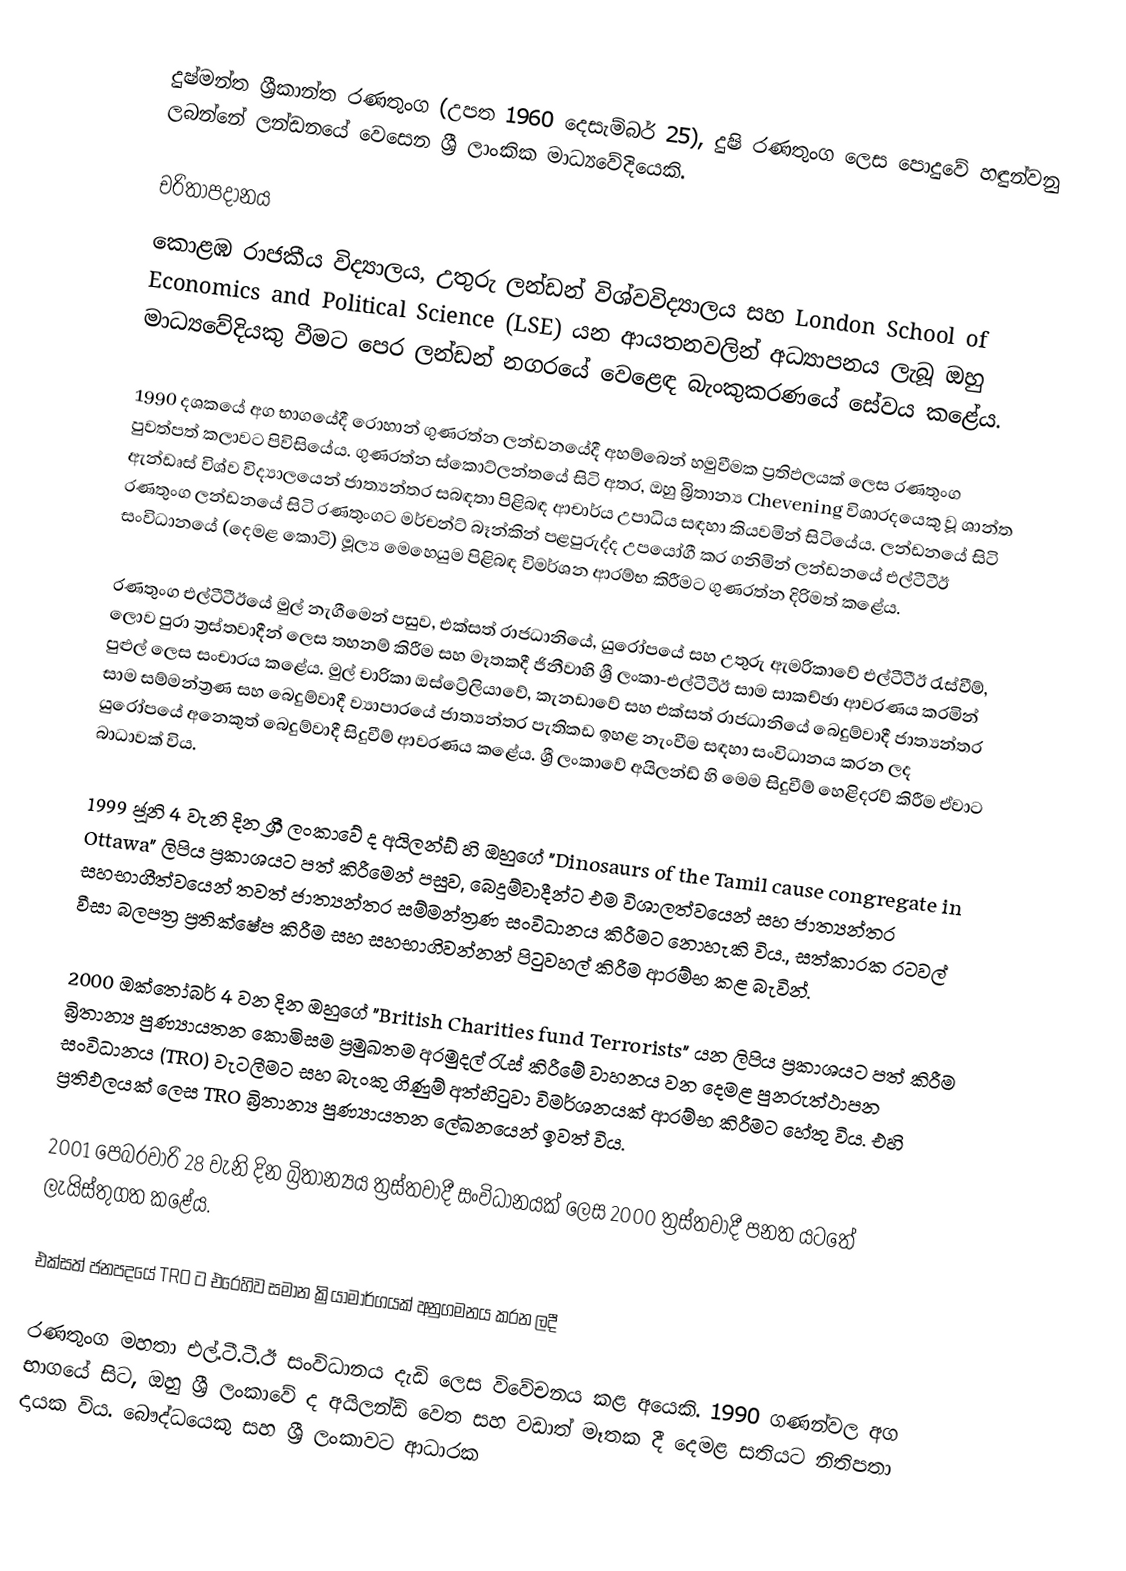
දුෂ්මන්ත ශ්‍රීකාන්ත රණතුංග (උපත 1960 දෙසැම්බර් 25), දුෂි රණතුංග ලෙස පොදුවේ හඳුන්වනු ලබන්නේ ලන්ඩනයේ වෙසෙන ශ්‍රී ලාංකික මාධ්‍යවේදියෙකි.

චරිතාපදානය
කොළඹ රාජකීය විද්‍යාලය, උතුරු ලන්ඩන් විශ්වවිද්‍යාලය සහ London School of Economics and Political Science (LSE) යන ආයතනවලින් අධ්‍යාපනය ලැබූ ඔහු මාධ්‍යවේදියකු වීමට පෙර ලන්ඩන් නගරයේ වෙළෙඳ බැංකුකරණයේ සේවය කළේය.

1990 දශකයේ අග භාගයේදී රොහාන් ගුණරත්න ලන්ඩනයේදී අහම්බෙන් හමුවීමක ප්‍රතිඵලයක් ලෙස රණතුංග පුවත්පත් කලාවට පිවිසියේය. ගුණරත්න ස්කොට්ලන්තයේ සිටි අතර, ඔහු බ්‍රිතාන්‍ය Chevening විශාරදයෙකු වූ ශාන්ත ඇන්ඩෘස් විශ්ව විද්‍යාලයෙන් ජාත්‍යන්තර සබඳතා පිළිබඳ ආචාර්ය උපාධිය සඳහා කියවමින් සිටියේය. ලන්ඩනයේ සිටි රණතුංග ලන්ඩනයේ සිටි රණතුංගට මර්චන්ට් බෑන්කින් පළපුරුද්ද උපයෝගී කර ගනිමින් ලන්ඩනයේ එල්ටීටීඊ සංවිධානයේ (දෙමළ කොටි) මූල්‍ය මෙහෙයුම පිළිබඳ විමර්ශන ආරම්භ කිරීමට ගුණරත්න දිරිමත් කළේය.

රණතුංග එල්ටීටීඊයේ මුල් නැගීමෙන් පසුව, එක්සත් රාජධානියේ, යුරෝපයේ සහ උතුරු ඇමරිකාවේ එල්ටීටීඊ රැස්වීම්, ලොව පුරා ත්‍රස්තවාදීන් ලෙස තහනම් කිරීම සහ මෑතකදී ජිනීවාහි ශ්‍රී ලංකා-එල්ටීටීඊ සාම සාකච්ඡා ආවරණය කරමින් පුළුල් ලෙස සංචාරය කළේය. මුල් චාරිකා ඔස්ට්‍රේලියාවේ, කැනඩාවේ සහ එක්සත් රාජධානියේ බෙදුම්වාදී ජාත්‍යන්තර සාම සම්මන්ත්‍රණ සහ බෙදුම්වාදී ව්‍යාපාරයේ ජාත්‍යන්තර පැතිකඩ ඉහළ නැංවීම සඳහා සංවිධානය කරන ලද යුරෝපයේ අනෙකුත් බෙදුම්වාදී සිදුවීම් ආවරණය කළේය. ශ්‍රී ලංකාවේ අයිලන්ඩ් හි මෙම සිදුවීම් හෙළිදරව් කිරීම ඒවාට බාධාවක් විය.

1999 ජූනි 4 වැනි දින ශ්‍රී ලංකාවේ ද අයිලන්ඩ් හි ඔහුගේ "Dinosaurs of the Tamil cause congregate in Ottawa"  ලිපිය ප්‍රකාශයට පත් කිරීමෙන් පසුව, බෙදුම්වාදීන්ට එම විශාලත්වයෙන් සහ ජාත්‍යන්තර සහභාගීත්වයෙන් තවත් ජාත්‍යන්තර සම්මන්ත්‍රණ  සංවිධානය කිරීමට නොහැකි විය., සත්කාරක රටවල් වීසා බලපත්‍ර ප්‍රතික්ෂේප කිරීම සහ සහභාගිවන්නන්  පිටුවහල් කිරීම ආරම්භ කළ බැවින්.

2000 ඔක්තෝබර් 4 වන දින ඔහුගේ "British Charities fund Terrorists" යන ලිපිය ප්‍රකාශයට පත් කිරීම බ්‍රිතාන්‍ය පුණ්‍යායතන කොමිසම   ප්‍රමුඛතම අරමුදල් රැස් කිරීමේ වාහනය වන දෙමළ පුනරුත්ථාපන සංවිධානය (TRO) වැටලීමට සහ බැංකු ගිණුම් අත්හිටුවා විමර්ශනයක් ආරම්භ කිරීමට හේතු විය.   එහි ප්‍රතිඵලයක් ලෙස TRO බ්‍රිතාන්‍ය පුණ්‍යායතන ලේඛනයෙන්  ඉවත් විය.

2001 පෙබරවාරි 28 වැනි දින බ්‍රිතාන්‍යය  ත්‍රස්තවාදී සංවිධානයක් ලෙස 2000 ත්‍රස්තවාදී පනත යටතේ ලැයිස්තුගත කළේය.

එක්සත් ජනපදයේ TRO ට එරෙහිව සමාන ක්‍රියාමාර්ගයක් අනුගමනය කරන ලදී

රණතුංග මහතා එල්.ටී.ටී.ඊ සංවිධානය දැඩි ලෙස විවේචනය කළ අයෙකි. 1990 ගණන්වල අග භාගයේ සිට, ඔහු ශ්‍රී ලංකාවේ ද අයිලන්ඩ් වෙත සහ වඩාත් මෑතක දී දෙමළ සතියට නිතිපතා දායක විය. බෞද්ධයෙකු සහ ශ්‍රී ලංකාවට ආධාරක